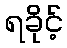
ရခိုင့်